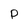
Character: P